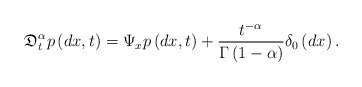
\begin{align*}\mathfrak{D}_{t}^{\alpha}p\left(dx,t\right)=\Psi_{x}p\left(dx,t\right)+\frac{t^{-\alpha}}{\Gamma\left(1-\alpha\right)}\delta_{0}\left(dx\right).\end{align*}